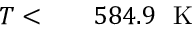
\begin{array} { r l r } { T < } & { { } } & { 5 8 4 . 9 ~ \mathrm { ~ K ~ } } \end{array}